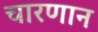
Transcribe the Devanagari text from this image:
चारणान